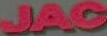
JAC